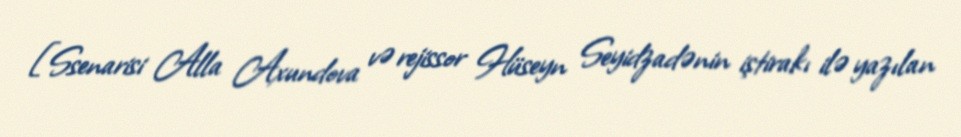
[Ssenarisi Alla Axundova və rejissor Hüseyn Seyidzadənin iştirakı ilə yazılan